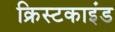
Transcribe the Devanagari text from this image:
क्रिस्टकाइंड